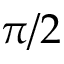
\pi / 2